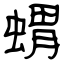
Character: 蝟